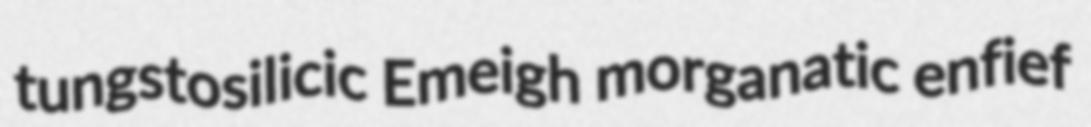
tungstosilicic Emeigh morganatic enfief